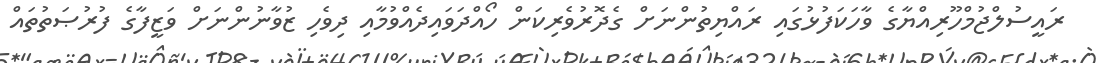
ރައީސުލްޖުމްހޫރިއްޔާގެ ވާހަކަފުޅުގައި ރައްޔިތުންނަށް ގެދޮރުވެރިކަން ހޯއްދަވައިދެއްވުމާއި ދިވެހި ޒުވާނުންނަށް ވަޒީފާގެ ފުރުޞަތުތައް